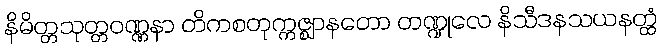
နိမိတ္တသုတ္တဝဏ္ဏနာ တိကစတုက္ကဇ္ဈာနတော တဏ္ဍုလေ နိသီဒနသယနတ္ထံ